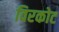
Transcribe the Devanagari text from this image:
विरकोट